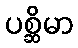
ပစ္ဆိမာ